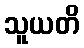
သူယတိ